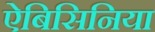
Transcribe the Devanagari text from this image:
ऐबिसिनिया